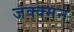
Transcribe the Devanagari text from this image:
जक्क्मन